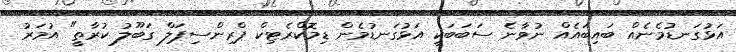
އަޅުގަނޑުމެނެއް ބައިބައެއް ނުވާނެ ސަބަބަކީ އަޅުގަނޑުމެން ޑިމޮކްރެޓިކް ޕްރިންސިޕަލް ގަބޫލު ކުރާތީ" އުމަރު